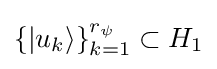
\{|u_{k}\rangle \}_{k=1}^{r_{\psi }}\subset H_{1}